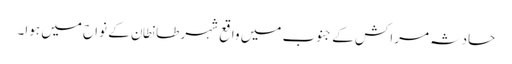
حادثہ مراکش کے جنوب میں واقع شہر طانطان کے نواح میں ہوا۔